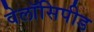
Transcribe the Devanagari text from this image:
वेलॉसिपीड